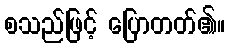
စသည်ဖြင့် ပြောတတ်၏။